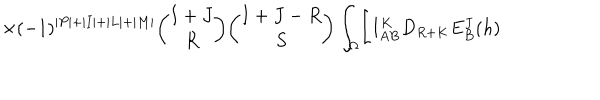
LaTeX: \times ( - 1 ) ^ { \vert P \vert + \vert I \vert + \vert L \vert + \vert M \vert } { \binom { I + J } { R } } { \binom { I + J - R } { S } } \int _ { \Omega } \Biggl [ I _ { A B } ^ { K } D _ { R + K } E _ { B } ^ { J } ( h )